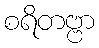
စရိတဗ္ဗာ